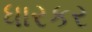
ધારકર